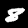
Label: 8